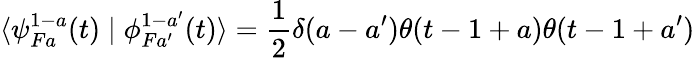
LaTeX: \langle\psi_{Fa}^{1-a}(t)\mid\phi_{Fa^{\prime}}^{1-a^{\prime}}(t)\rangle=\frac{1}{2}\delta(a-a^{\prime})\theta(t-1+a)\theta(t-1+a^{\prime})